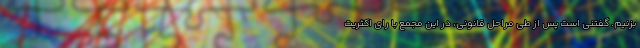
بزنیم. گفتنی است پس از طی مراحل قانونی، در این مجمع با رای اکثریت